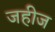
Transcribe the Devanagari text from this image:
जहीज